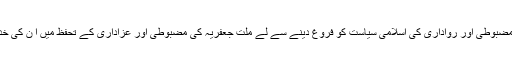
جمہوری اداروں کی مضبوطی اور رواداری کی اسلامی سیاست کو فروغ دینے سے لے ملت جعفریہ کی مضبوطی اور عزاداری کے تحفظ میں ا ن کی خدمات قابل تعریف ہیں۔